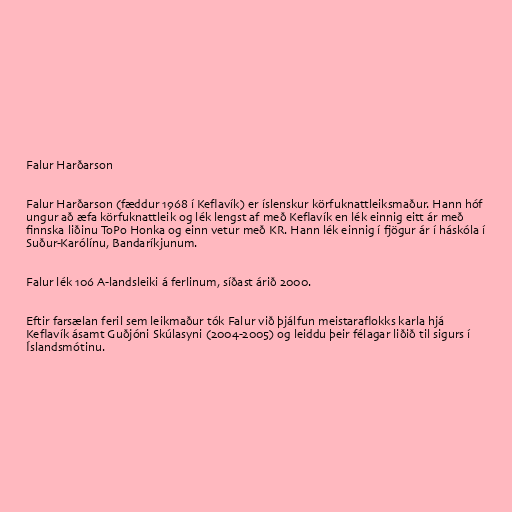
Falur Harðarson

Falur Harðarson (fæddur 1968 í Keflavík) er íslenskur körfuknattleiksmaður. Hann hóf
ungur að æfa körfuknattleik og lék lengst af með Keflavík en lék einnig eitt ár með
finnska liðinu ToPo Honka og einn vetur með KR. Hann lék einnig í fjögur ár í háskóla í
Suður-Karólínu, Bandaríkjunum.

Falur lék 106 A-landsleiki á ferlinum, síðast árið 2000.

Eftir farsælan feril sem leikmaður tók Falur við þjálfun meistaraflokks karla hjá
Keflavík ásamt Guðjóni Skúlasyni (2004-2005) og leiddu þeir félagar liðið til sigurs í
Íslandsmótinu.